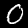
Label: 0